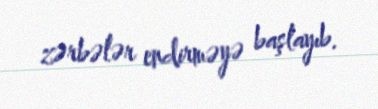
zərbələr endirməyə başlayıb.